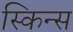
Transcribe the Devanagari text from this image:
स्किन्स